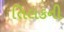
તિલકની